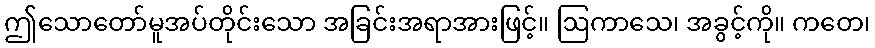
ဤသောတော်မူအပ်တိုင်းသော အခြင်းအရာအားဖြင့်။ ဩကာသေ၊ အခွင့်ကို။ ကတေ၊